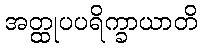
အတ္ထုပပရိက္ခာယာတိ